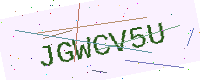
Text: JGWCV5U